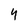
Character: 4